Leaving Certificate Examination, 1920
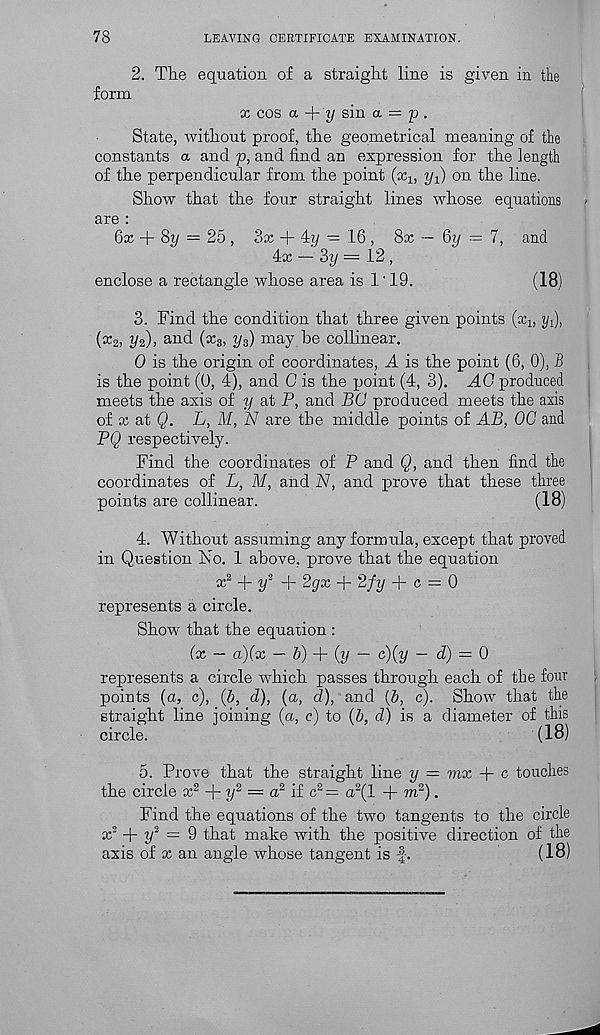
78
LEAVING CERTIFICATE EXAMINATION.
2. The equation of a straight line is given in the
form
x cos a-
y sin a = p .
State, without proof, the geometrical meaning of the
constants a and p, and find an expression for the length
of the perpendicular from the point (x 1;
on the line.
Show that the four straight lines whose equations
are :
6x + 8p = 25 , 3x +
— 16 , 8x — Gy = 7, and
4x — 3i/ = 12 ,
enclose a rectangle whose area is 1'19.
(18)
3. Find the condition that three given points (xj, y^,
(x 2 , 1/2)) arL d (x 3 , y 3 ) may he collinear.
0 is the origin of coordinates, A is the point (6, 0), B
is the point (0, 4), and C is the point (4, 3). AG produced
meets the axis of y at P, and BG produced meets the axis
of x at Q. L, M, N are the middle points of AB, 00 and
PQ respectively.
Find the coordinates of P and Q, and then find the
coordinates of L, M, and N, and prove that these three
points are collinear.
(18)
4. Without assuming any formula, except that proved
in Question No. 1 above, prove that the equation
A y 2 + 2(/x + 2fy -f c = 0
represents a circle.
Show that the equation :
(x — a)(x — 5) + (y — c)(y — d) = 0
represents a circle which passes through each of the four
points (a, c), (5, d), (a, d), and (b, c). Show that the
straight line joining (a, c) to (b, d) is a diameter of this
circle.
(18)
5. Prove that the straight line y = vix + c touches
the circle x 2 + y 2 = a 2 if c 2 = o 2 (l + m 2 ).
Find the equations of the two tangents to the circle
x 3 + y 2 = 9 that make with the positive direction of the
axis of x an angle whose tangent is f.
(18)